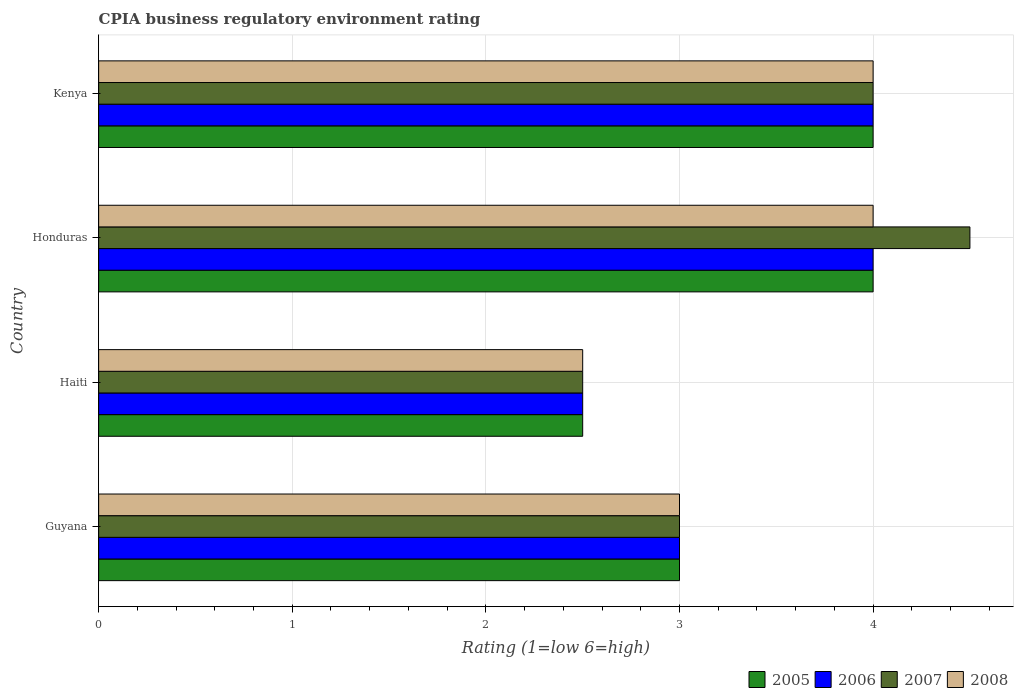
| Country | 2005 | 2006 | 2007 | 2008 |
 | --- | --- | --- | --- | --- |
 | Guyana | 3 | 3 | 3 | 3 |
 | Haiti | 2.5 | 2.5 | 2.5 | 2.5 |
 | Honduras | 4 | 4 | 4.5 | 4 |
 | Kenya | 4 | 4 | 4 | 4 |